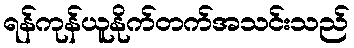
ရန်ကုန်ယူနိုက်တက်အသင်းသည်